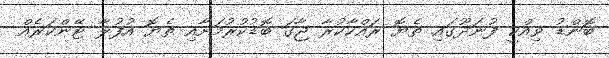
ބޮންޑު ވިއްކީ ފުނަދޫގައި ތެޔޮ ރައްކާކުރާ ޖާގަ ބޮޑުކުރުމަށާއި ތެޔޮ އުފުލާ ޓޭންކަރެއް